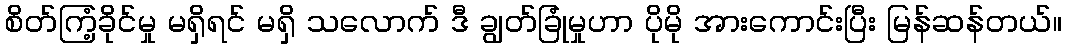
စိတ်ကြံ့ခိုင်မှု မရှိရင် မရှိ သလောက် ဒီ ချွတ်ခြုံမှုဟာ ပိုမို အားကောင်းပြီး မြန်ဆန်တယ်။